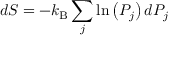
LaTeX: d S = - k _ { \mathrm { B } } \sum _ { j } \ln \left( P _ { j } \right) d P _ { j }